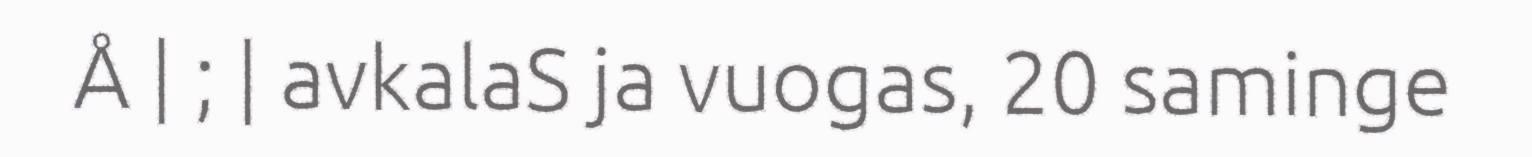
Å | ; | avkalaS ja vuogas, 20 saminge